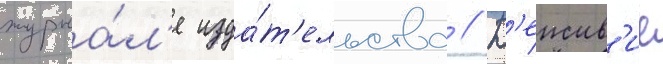
журна́л'е изда́т'ельства // Д'еиств'ие